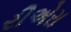
રીએરા